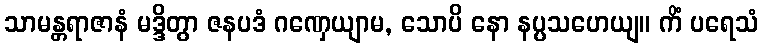
သာမန္တရာဇာနံ မဒ္ဒိတွာ ဇနပဒံ ဂဏှေယျာမ, သောပိ နော နပ္ပသဟေယျ။ ကိံ ပရေသံ